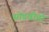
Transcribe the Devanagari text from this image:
सोडवीतो